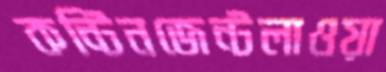
কন্টিনজেন্টলাওয়া